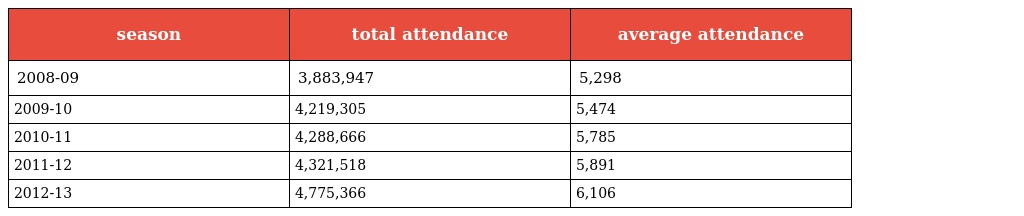
| season | total attendance | average attendance |
 | --- | --- | --- |
 | 2008-09 | 3,883,947 | 5,298 |
 | 2009-10 | 4,219,305 | 5,474 |
 | 2010-11 | 4,288,666 | 5,785 |
 | 2011-12 | 4,321,518 | 5,891 |
 | 2012-13 | 4,775,366 | 6,106 |